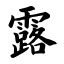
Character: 露